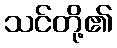
သင်တို့၏